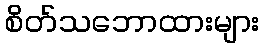
စိတ်သဘောထားများ